Newspaper: The Salt Lake herald. [volume]
Place of publication: Salt Lake City [Utah]
Publisher: [W.C. Dunbar & E.L. Sloan]
Date: 1880-11-27 00:00:00
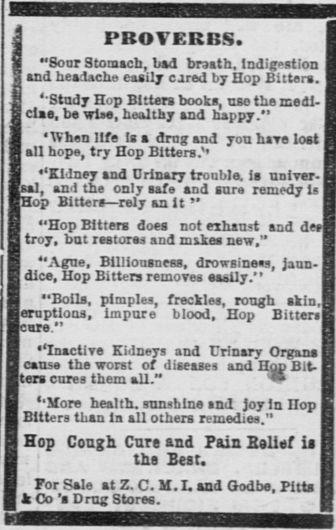
Advertisement text (OCR):
J J I j 1 I PROVERBS I Soar Stomach Lid breath Indigestion J and headache easily cared by Hop Bitters Study Hap Bitten boots usa the medl else be wise healthy and happy When life Iz a dreg and yon hare lost all hope try Hop Bitters Eldney and Urinary trouble is nnlver sal and the only safe and rare remedy is Hop Bitter rely an it Hop Bitters does not exhaust and dee troy but restores and mikes new Ague BllIlonsncBa drowsiness Jaun dice Hop Bitten removes easily Bolls pimples freckles rough akin eruptions impure blood Hop Bitten cure Inactive Kidneys and Urinary Organs cause the wont of diseases and Hop Bit ters cures them all H v Yore health ranjhlne and joy In HOp Bitters than In all others remedies Hop Cough Cure and Pain Bailer ii the Best I For Sale at Z C IT I and Goethe Pitts I kCat Dru Stores lit i I
Label: text-only